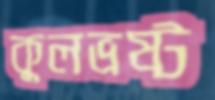
কুলভ্রষ্ট